画像に写った文字を読んでください
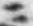
「ニ」と書いてあります